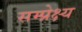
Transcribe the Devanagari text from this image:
सम्प्रेक्ष्य